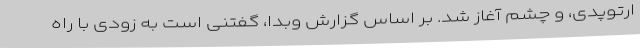
ارتوپدی، و چشم آغاز شد. بر اساس گزارش وبدا، گفتنی است به زودی با راه